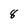
Character: 8